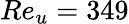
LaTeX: Re_{u}=349